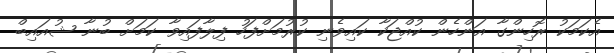
އެކަމަކު ރޮހިންގާ އަންހެން ކުއްޖަކާ ކައިވެނި ކުރުމަށްފަހު ފިލާފައިވާ ކަމަށް ބުނާ ޝުއައިބް